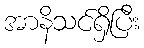
အာနိသင်ရှိပြီး